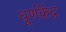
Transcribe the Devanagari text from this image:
धूर्णकेंद्र